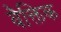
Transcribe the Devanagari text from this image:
वैक्तिक